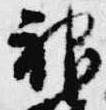
神